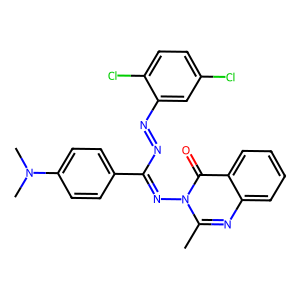
SMILES: Cc1nc2ccccc2c(=O)n1N=C(N=Nc1cc(Cl)ccc1Cl)c1ccc(N(C)C)cc1
Inhibits HIV replication: No